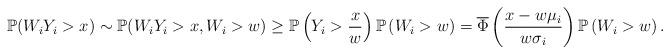
LaTeX: \begin{align*}\mathbb{P}(W_{i}Y_{i}>x)\sim \mathbb{P}(W_{i}Y_{i}>x,W_{i}>w)\geq \mathbb{P}\left( Y_{i}>\frac{x}{w}\right) \mathbb{P}\left( W_{i}>w\right) =\overline{\Phi }\left( \frac{x-w\mu _{i}}{w\sigma _{i}}\right) \mathbb{P}\left(W_{i}>w\right) . \end{align*}